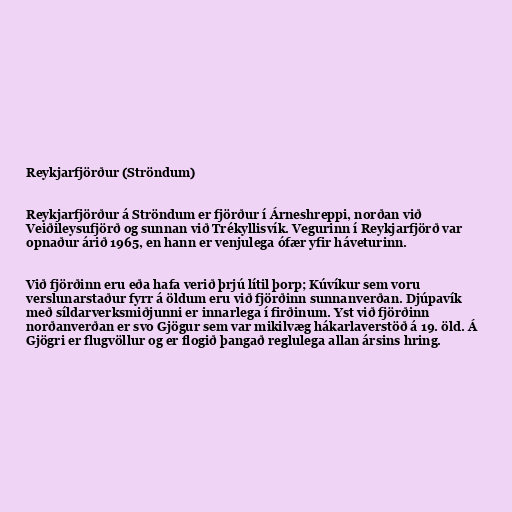
Reykjarfjörður (Ströndum)

Reykjarfjörður á Ströndum er fjörður í Árneshreppi, norðan við
Veiðileysufjörð og sunnan við Trékyllisvík. Vegurinn í Reykjarfjörð var
opnaður árið 1965, en hann er venjulega ófær yfir háveturinn.

Við fjörðinn eru eða hafa verið þrjú lítil þorp; Kúvíkur sem voru
verslunarstaður fyrr á öldum eru við fjörðinn sunnanverðan. Djúpavík
með síldarverksmiðjunni er innarlega í firðinum. Yst við fjörðinn
norðanverðan er svo Gjögur sem var mikilvæg hákarlaverstöð á 19. öld. Á
Gjögri er flugvöllur og er flogið þangað reglulega allan ársins hring.